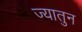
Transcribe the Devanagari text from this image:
ज्यातुन